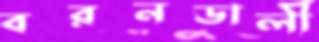
বরনডালী